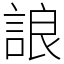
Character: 誏